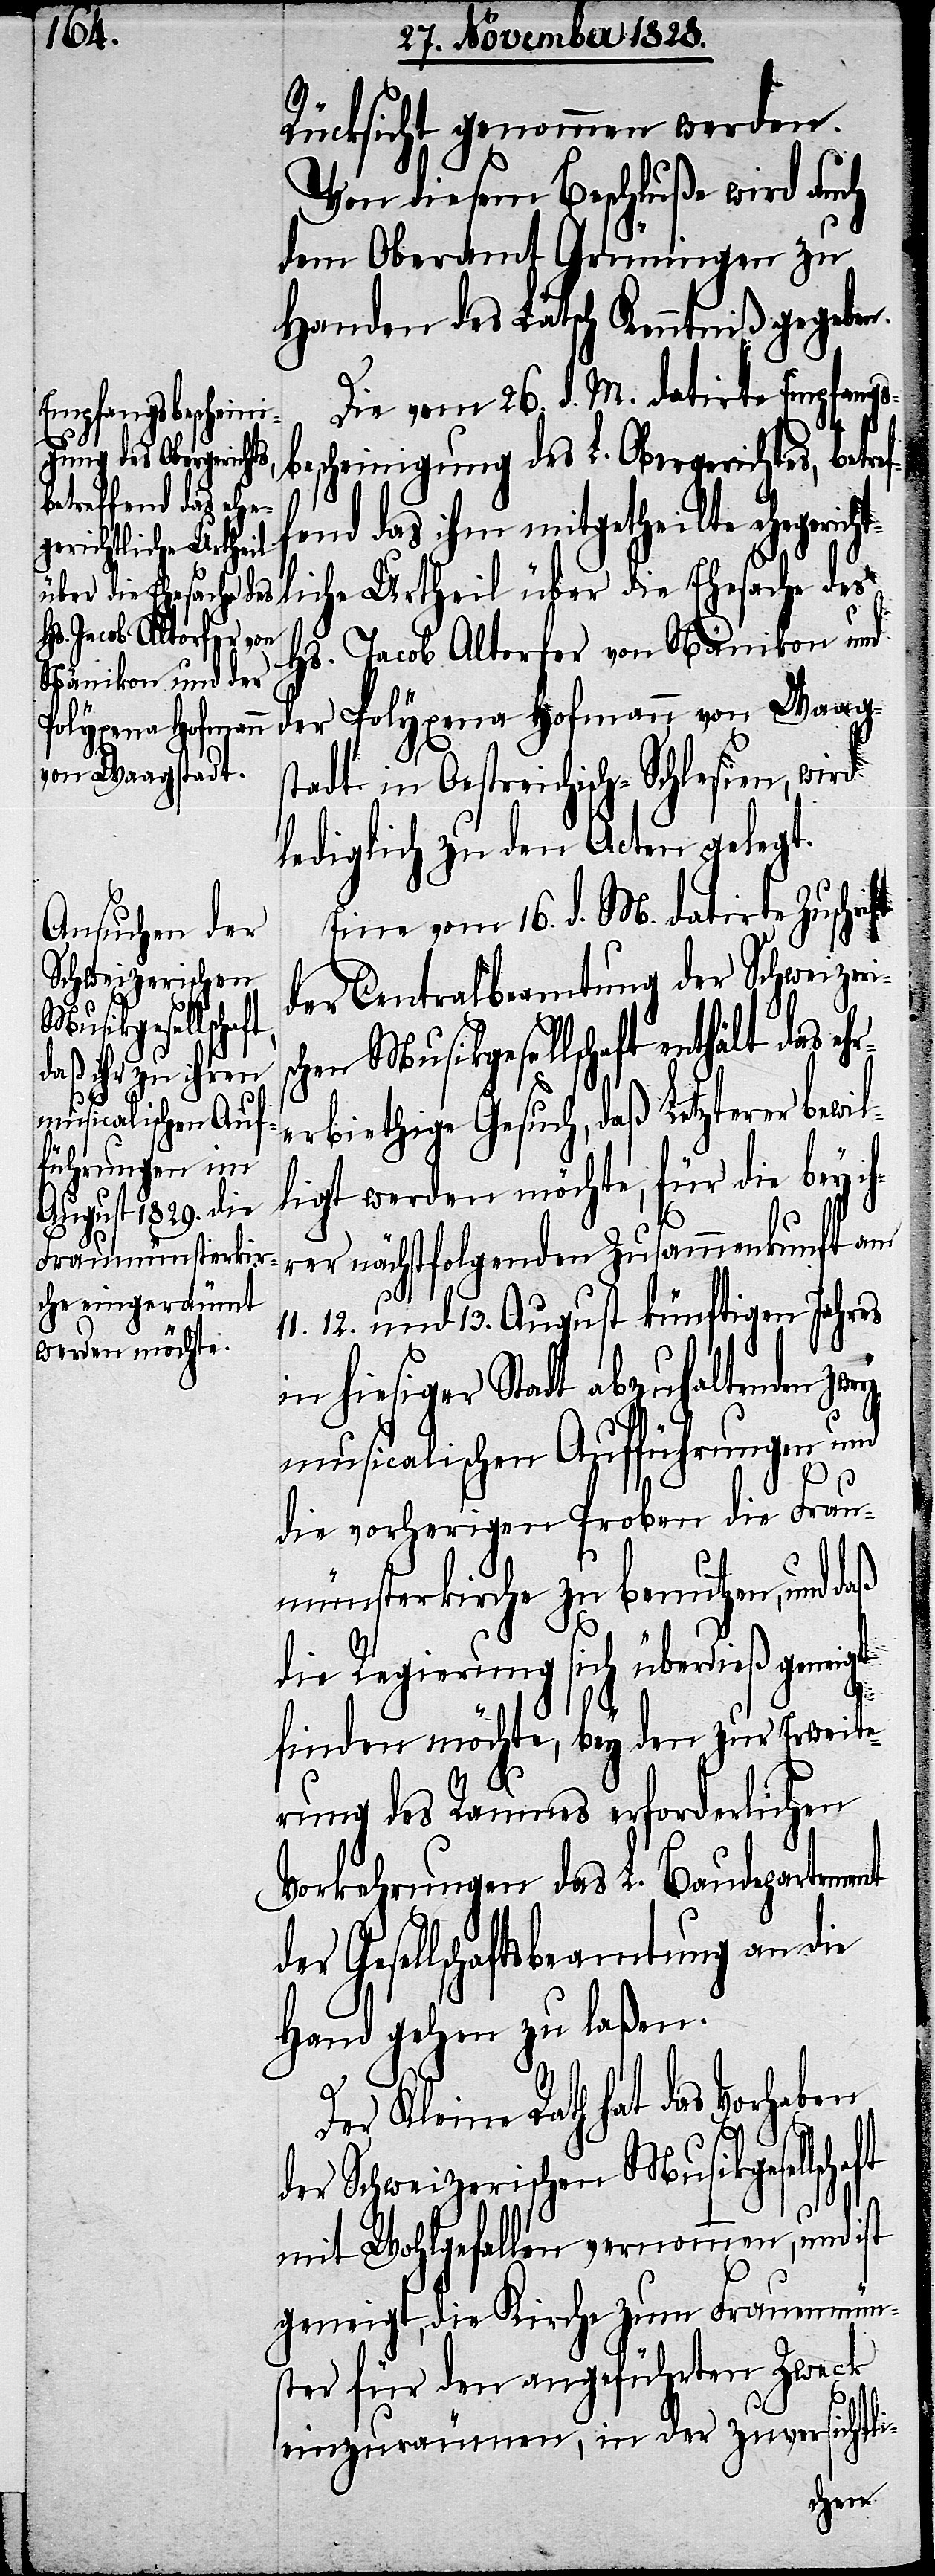
gerichtliche Urtheil
über die Ehesache des
Hs. Jacob Altorfer von
Nänikon und der
Schweizerischen
Musikgesellschaft

Rücksicht genommen werden.
Von diesem Beschluße wird auch
dem Oberamt Grüningen zu
Handen des Lätsch Kenntniß gegeben.
Die vom 26. v. M. datirte Empfangs¬
bescheinigung des L. Obergerichtes, bet¬
fend das ihm mitgetheilte ehe¬
Polyxena Hofmann von Waag¬
der
stadt in Oestreichisch-Schlesien, wird
lediglich zu den Acten gelegt.
Eine vom 16. d. M. datirte Zus¬
der Centralbeamtung der Schweizeri¬
n Musikgesellschaft enthält das
erbiethige Gesuch, daß Letzterer bewil¬
ligt werden möchte, für die bey ih¬
rer nächstfolgenden Zusammenkunft am
12. und 13, August künftigen Jahres
in hiesiger Stadt abzuhaltenden zwey
musicalischen Aufführungen und
die vorherigen Proben die Frau¬
münsterkirche zu benutzen, und
die Regierung sich überdieß geneigt
finden möchte, bey den zur Erweite¬
rung des Raumes erforderlichen
Vorkehrungen das L. Baudepartement
Gesellschaftsbeamtung an die
Hand gehen zu laßen.
Der Kleine Rath hat das Vorhaben
mit Wohlgefallen vernommen, und ist
geneigt, die Kirche zum Frauenmüns¬
ter für den angeführten Zweck
einzuräumen, in der zuversichtli-
ehr¬